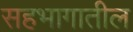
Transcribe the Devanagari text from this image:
सहभागातील